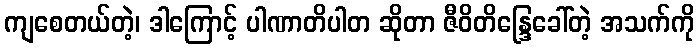
ကျစေတယ်တဲ့၊ ဒါကြောင့် ပါဏာတိပါတ ဆိုတာ ဇီဝိတိန္ဒြေခေါ်တဲ့ အသက်ကို